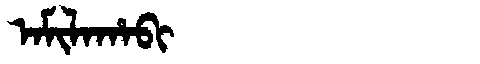
Manchu: ᠠᠮᡳᠯᠠᡥᠠᠪᡳ
Romanization: AMILAHABI